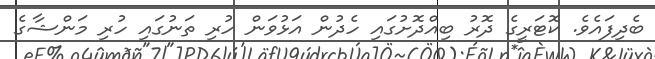
ބެދިފައެވެ. ކޮޓަރީގެ ދޮރު ބިއްދޮށުގައި ހެދުން އަޅުވަން ހުރި ތަނުގައި ހުރި މަންޝާގެ